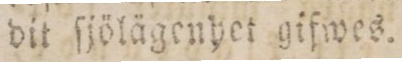
dit ſjölägenhet gifwes.